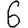
Digit: 6